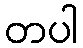
တပါ